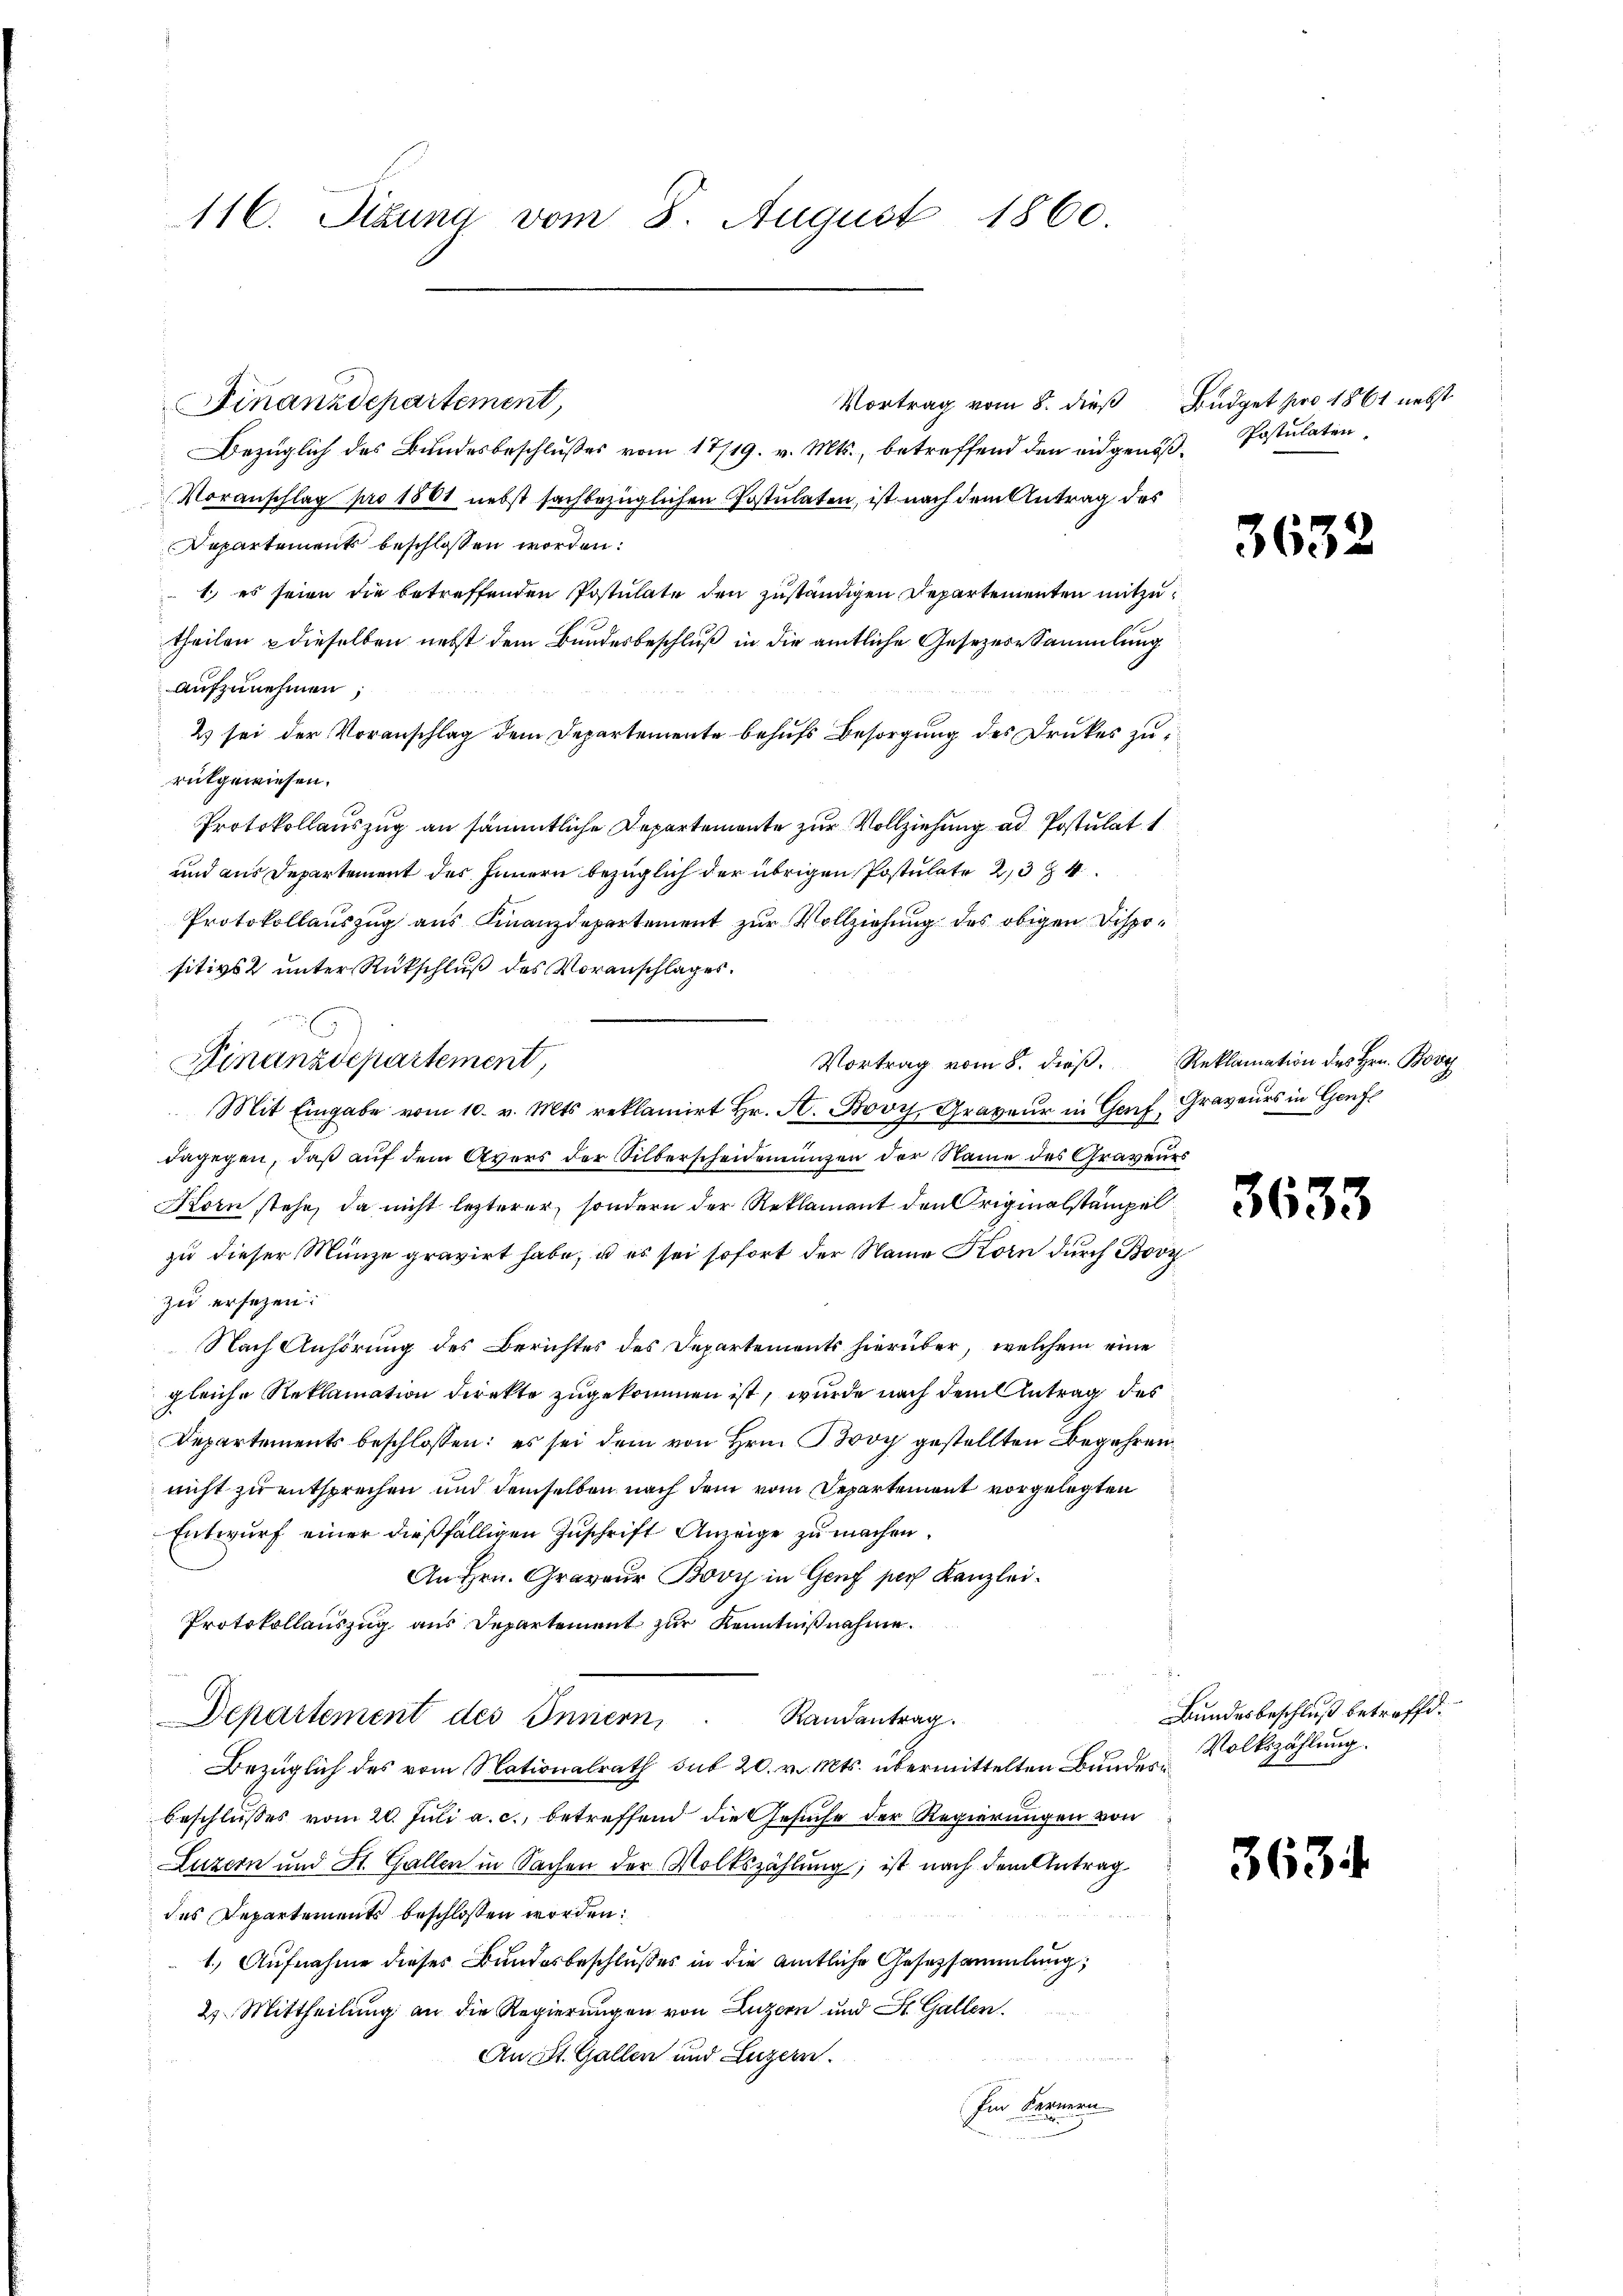
116. Sibung vom 8. August 1860.

Finanzdepartement,

Finanzdepartement,

Vortrag vom 8. dieß

Bezüglich des Bundesbeschlußes vom 17/19. v. Mts., betreffend den eidgenöß-Postulaten
Voranschlag pro 1801 nebst sachbezüglichen Postulaten, ist nach dem Antrag des
Departements beschlossen worden:
1., es seien die betreffenden Postulate den zuständigen Departementen mitzutheilen dieselben nebst dem Bundesbeschluß in die amtliche Gesezese Sammlung
aufzunehmen;
2) sei der Voranschlag dem Departemente behufs Besorgung des Druckes zu
rükgewiesen.
Protokollauszug an sämmtliche Departemente zur Vollziehung ad Postulat
und aus Departement des Innern bezüglich der übrigen Postulate 23 f 4
Protokollauszug aus Finanzdepartement zur Vollziehung des obigen Dispositivs 2 unter Rückschluß des Voranschlages.
Mit Eingabe vom 10. v. Mts reklamirt Hr. A. Bovy, Graveur in Genf, Graveurs in Genf
dagegen, daß auf dem Avers der Silberscheidenungen der Name des Gravenes
Korn stehe, da nicht lezterer, sondern der Reklamant den Originalstämpel
zu dieser Münze gravirt habe, u es sei sofort der Name Korn durch Boz
zu ersetzen:
Nach Anhörung des Berichtes des Departements hierüber, welchem eine
gleiche Reklamation direkte zugekommen ist, wurde nach dem Antrag des
Departements beschlossen: es sei dem von Hrn. Boy gestellten Begehren
nicht zu entsprechen und demselben nach dem vom Departement vorgelegten
Entwurf einer dießfälligen Zuschrift Anzeige zu machen.
An Hrn. Graveur Bovy in Genf sich Kanzlei¬
Protokollauszug aus Departement zur Kenntnißnahme.
Departement des Innern, Randantrag.
Bezüglich des vom Nationalrath sub 20. v. Mts. übermittelten Bundes
beschlusses vom 20. Juli a. c., betreffend die Gesuche der Regierungen von
Luzern und St. Gallen in Sachen der Volkszählung; ist nach dem Antrag
des Departements beschlossen worden:
1.) Aufnahme dieses Bundesbeschlußes in die amtliche Gesetzsammlung,
2. Mittheilung an die Regierungen von Luzern und St. Gallen.
An St. Gallen und Luzern.
Im Fernern

Budget pro 1861 nebst

363

Vortrag vom 8. dieß. Reklamation des Hrn. Boy

3633

Bundesbeschluß betreffd.
Volkszählung.

3634.